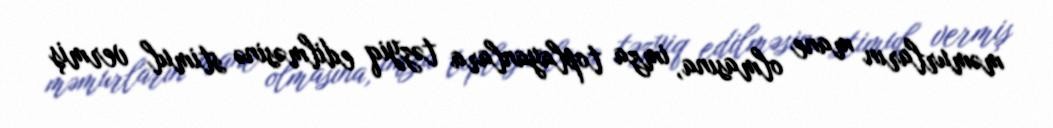
məmurların mane olmasına, imza toplayanlara təzyiq edilməsinə stimul vermiş